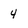
Character: 4